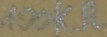
Text: 100kΩ